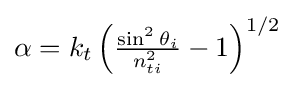
{\textstyle \alpha =k_{t}\left({\frac {\sin ^{2}\theta _{i}}{n_{ti}^{2}}}-1\right)^{1/2}}